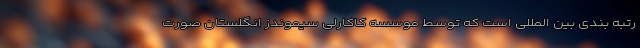
رتبه بندی بین المللی است که توسط موسسه کاکارلی سیموندز انگلستان صورت